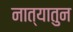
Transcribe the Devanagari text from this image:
नात्यातुन